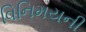
વિનિમયની